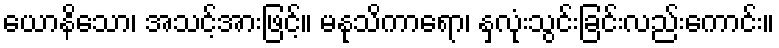
ယောနိသော၊ အသင့်အားဖြင့်။ မနုသိကာရော၊ နှလုံးသွင်းခြင်းလည်းကောင်း။